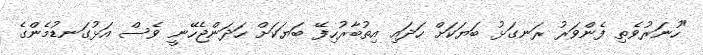
"ހުނަރުވެތި ފެންވަރު ރަނގަޅު ބަޔަކަށް ހަދައި އިތުބާރުހިފޭ ބަޔަކަށް ހަދަންޖެހޭނީ ވެސް އަޅުގަނޑުމެންގެ